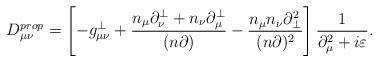
LaTeX: \begin{align*}D^{prop}_{\mu \nu} = \left[ -g^{\perp}_{\mu\nu} +\frac{n_{\mu} \partial^{\perp}_{\nu} +n_{\nu}\partial^{\perp}_{\mu}}{(n\partial)} -\frac{n_{\mu} n_{\nu} \partial^2_{\perp}}{(n\partial)^2} \right]\frac{1}{\partial^2_{\mu} + i \varepsilon}.\end{align*}